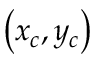
\left( x _ { c } , y _ { c } \right)